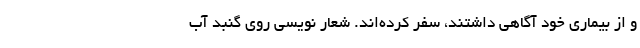
و از بیماری خود آگاهی داشتند، سفر کرده‌اند. شعار نویسی روی گنبد آب‌